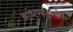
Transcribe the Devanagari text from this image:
बांधण्याबरोबर